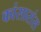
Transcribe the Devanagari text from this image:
कांसारांस